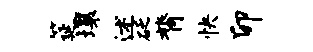
筵壤述砭膂快卯